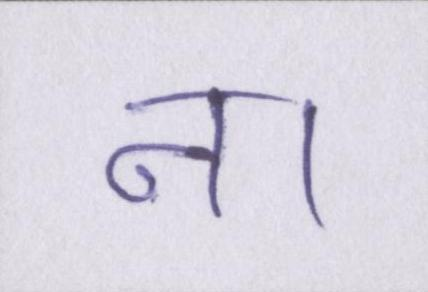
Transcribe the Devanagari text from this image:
न।